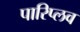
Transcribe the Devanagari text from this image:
पारिप्लव